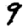
Digit: 9